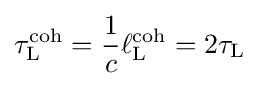
\tau _{\rm {L}}^{\rm {coh}}={\frac {1}{c}}\ell _{\rm {L}}^{\rm {coh}}=2\tau _{\rm {L}}